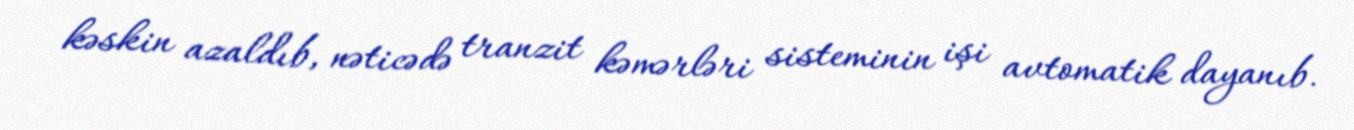
kəskin azaldıb, nəticədə tranzit kəmərləri sisteminin işi avtomatik dayanıb.